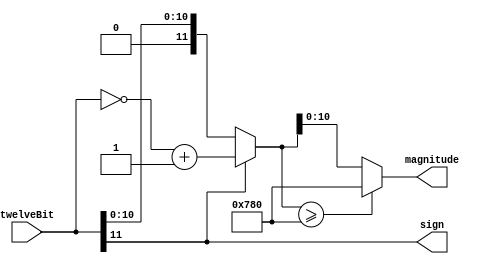
`timescale 1ns / 1ps
//////////////////////////////////////////////////////////////////////////////////
// Company: 
// Engineer: 
// 
// Design Name: 
// Module Name: twosComp
// Project Name: 
// Target Devices: 
// Tool Versions: 
// Description: 
// 
// Dependencies: 
// 
// Revision:
// Revision 0.01 - File Created
// Additional Comments:
// 
//////////////////////////////////////////////////////////////////////////////////


module twosComp(
    input [11:0] twelveBit,
    output reg sign,      
    output reg [10:0] magnitude
);

reg [11:0] tBit;

always @(*) begin
    sign = twelveBit[11];
    if (sign == 1'b1) begin
        // use two's complement: invert all bits then add 1
        tBit <= ~twelveBit + 1'b1;
    end
    else begin
        // if positive, stays the same
        tBit <= twelveBit;
    end
    // edge case
    if (tBit >= 1920) begin
        magnitude <= 1920;
    end
    else begin
        magnitude <= tBit[10:0];
    end
    
end

endmodule